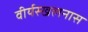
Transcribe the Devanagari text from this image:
वीर्यस्खलनास